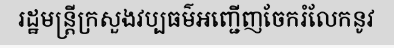
រដ្ឋមន្ត្រីក្រសួងវប្បធម៌អញ្ជើញចែករំលែកនូវ